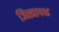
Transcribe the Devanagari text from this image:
जिह्वापक्ष